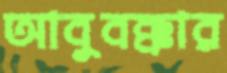
আবুবক্কার